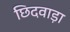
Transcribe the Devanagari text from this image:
छिदवाड़ा